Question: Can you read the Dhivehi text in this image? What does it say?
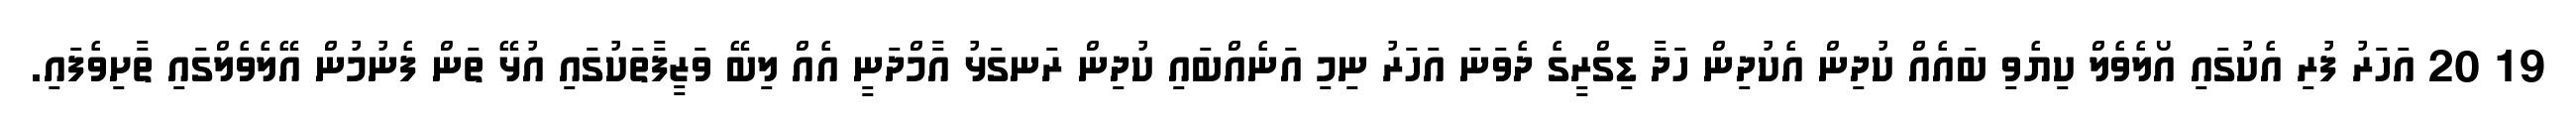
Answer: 19 20 އަހަރު ފުރި އެކުގައި އޯލެވެލް ކިޔެވި ބައެއް ކުދިން އެކުދިން ހަދާ ޑިގްރީގެ ދެވަނަ އަހަރު ނިމި އަނެއްބައި ކުދިން ރަނގަޅު އާމްދަނީ އެއް ލިބޭ ވަޒީފާތަކުގައި އުޅޭ ތަން ފެނުމުން އޭލެވެލްގައި ތާށިވެފައި.